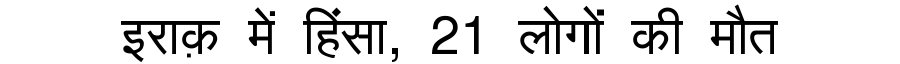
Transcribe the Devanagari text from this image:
इराक़ में हिंसा, 21 लोगों की मौत